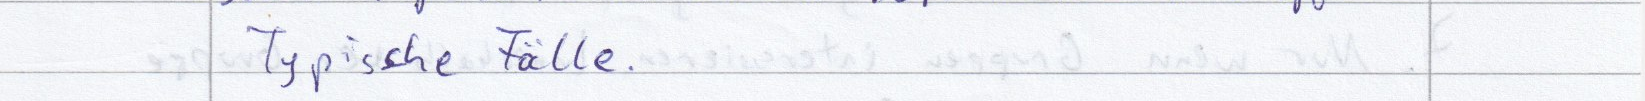
Typische Fälle